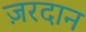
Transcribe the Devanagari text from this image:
ज़रदान